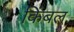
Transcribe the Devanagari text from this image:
किंबल